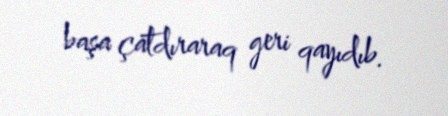
başa çatdıraraq geri qayıdıb.